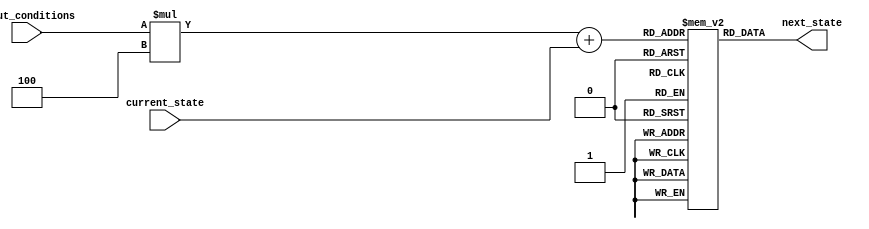
module fsm (
  input [N-1:0] current_state,
  input [M-1:0] input_conditions,
  output reg [N-1:0] next_state
);

// Define the grid structure
parameter N = 4; // Number of rows (current state)
parameter M = 3; // Number of columns (input conditions)
reg [N-1:0] state_table [0:M-1][0:N-1];

initial begin
  // Initialize the state table with the transition rules
  // For example:
  // state_table[input_condition][current_state] = next_state
end

always @(*) begin
  // Output logic determines the next state based on current state and input conditions
  next_state = state_table[input_conditions][current_state];
end

endmodule